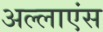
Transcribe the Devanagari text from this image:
अल्लाएंस